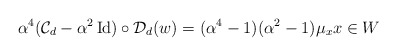
\begin{align*}\alpha^4 (\mathcal{C}_d- \alpha^2 \operatorname{Id}) \circ \mathcal{D}_d (w) = (\alpha^4-1)(\alpha^2-1) \mu_x x \in W\end{align*}